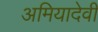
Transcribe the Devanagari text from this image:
अमियादेवी